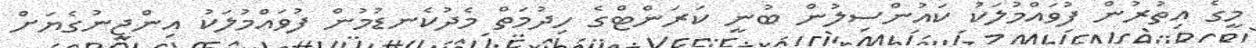
މީގެ އިތުރުން ފުވައްމުލަކު ކައުންސިލުން ބުނީ ކަރަންޓްގެ ހިދުމަތް މެދުކެނޑުމުން ފުވައްމުލަކު އިންޖީނުގެޔަށް